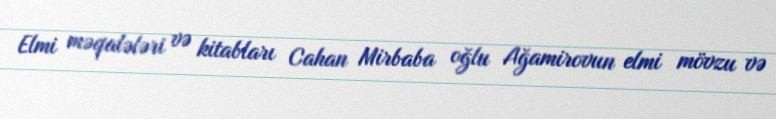
Elmi məqalələri və kitabları Cahan Mirbaba oğlu Ağamirovun elmi mövzu və